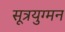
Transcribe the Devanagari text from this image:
सूत्रयुग्मन